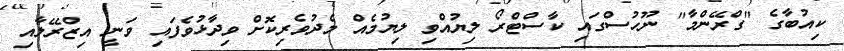
ކިއުބާގެ "ގްރޭންމާ" ނޫހުސްގައި ކާސްޓްރޯ ލިޔުއްވި ލިޔުމެއް މެދުވެރިކޮށް ވިދާޅުވެފައި ވަނީ އިޒްރޭލާއި